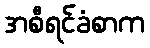
အစီရင်ခံစာက